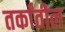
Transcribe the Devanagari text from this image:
तर्कांतील